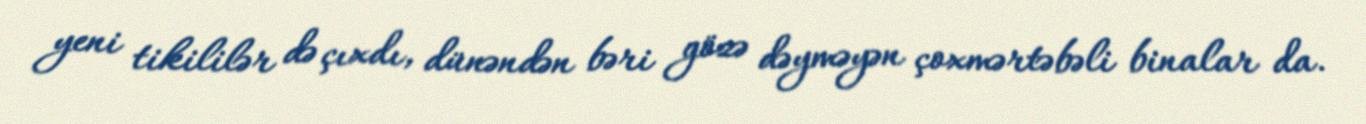
yeni tikililər də çıxdı, dünəndən bəri gözə dəyməyən çoxmərtəbəli binalar da.